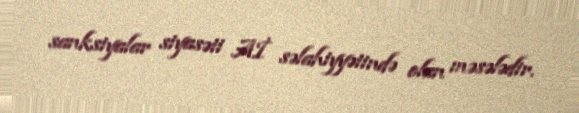
sanksiyalar siyasəti Aİ səlahiyyətində olan məsələdir.